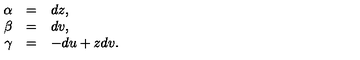
\begin{array} { r c l } { \alpha } & { = } & { d z , } \\ { \beta } & { = } & { d v , } \\ { \gamma } & { = } & { - d u + z d v . } \\ \end{array}